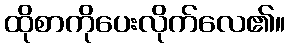
ထိုစာကိုပေးလိုက်လေ၏။